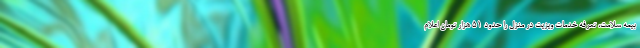
بیمه سلامت، تعرفه خدمات ویزیت در منزل را حدود ۵۱ هزار تومان اعلام